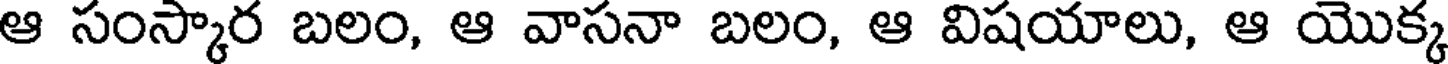
ఆ సంస్కార బలం, ఆ వాసనా బలం, ఆ విషయాలు, ఆ యొక్క